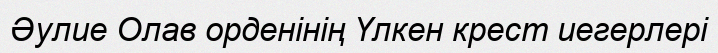
Әулие Олав орденінің Үлкен крест иегерлері